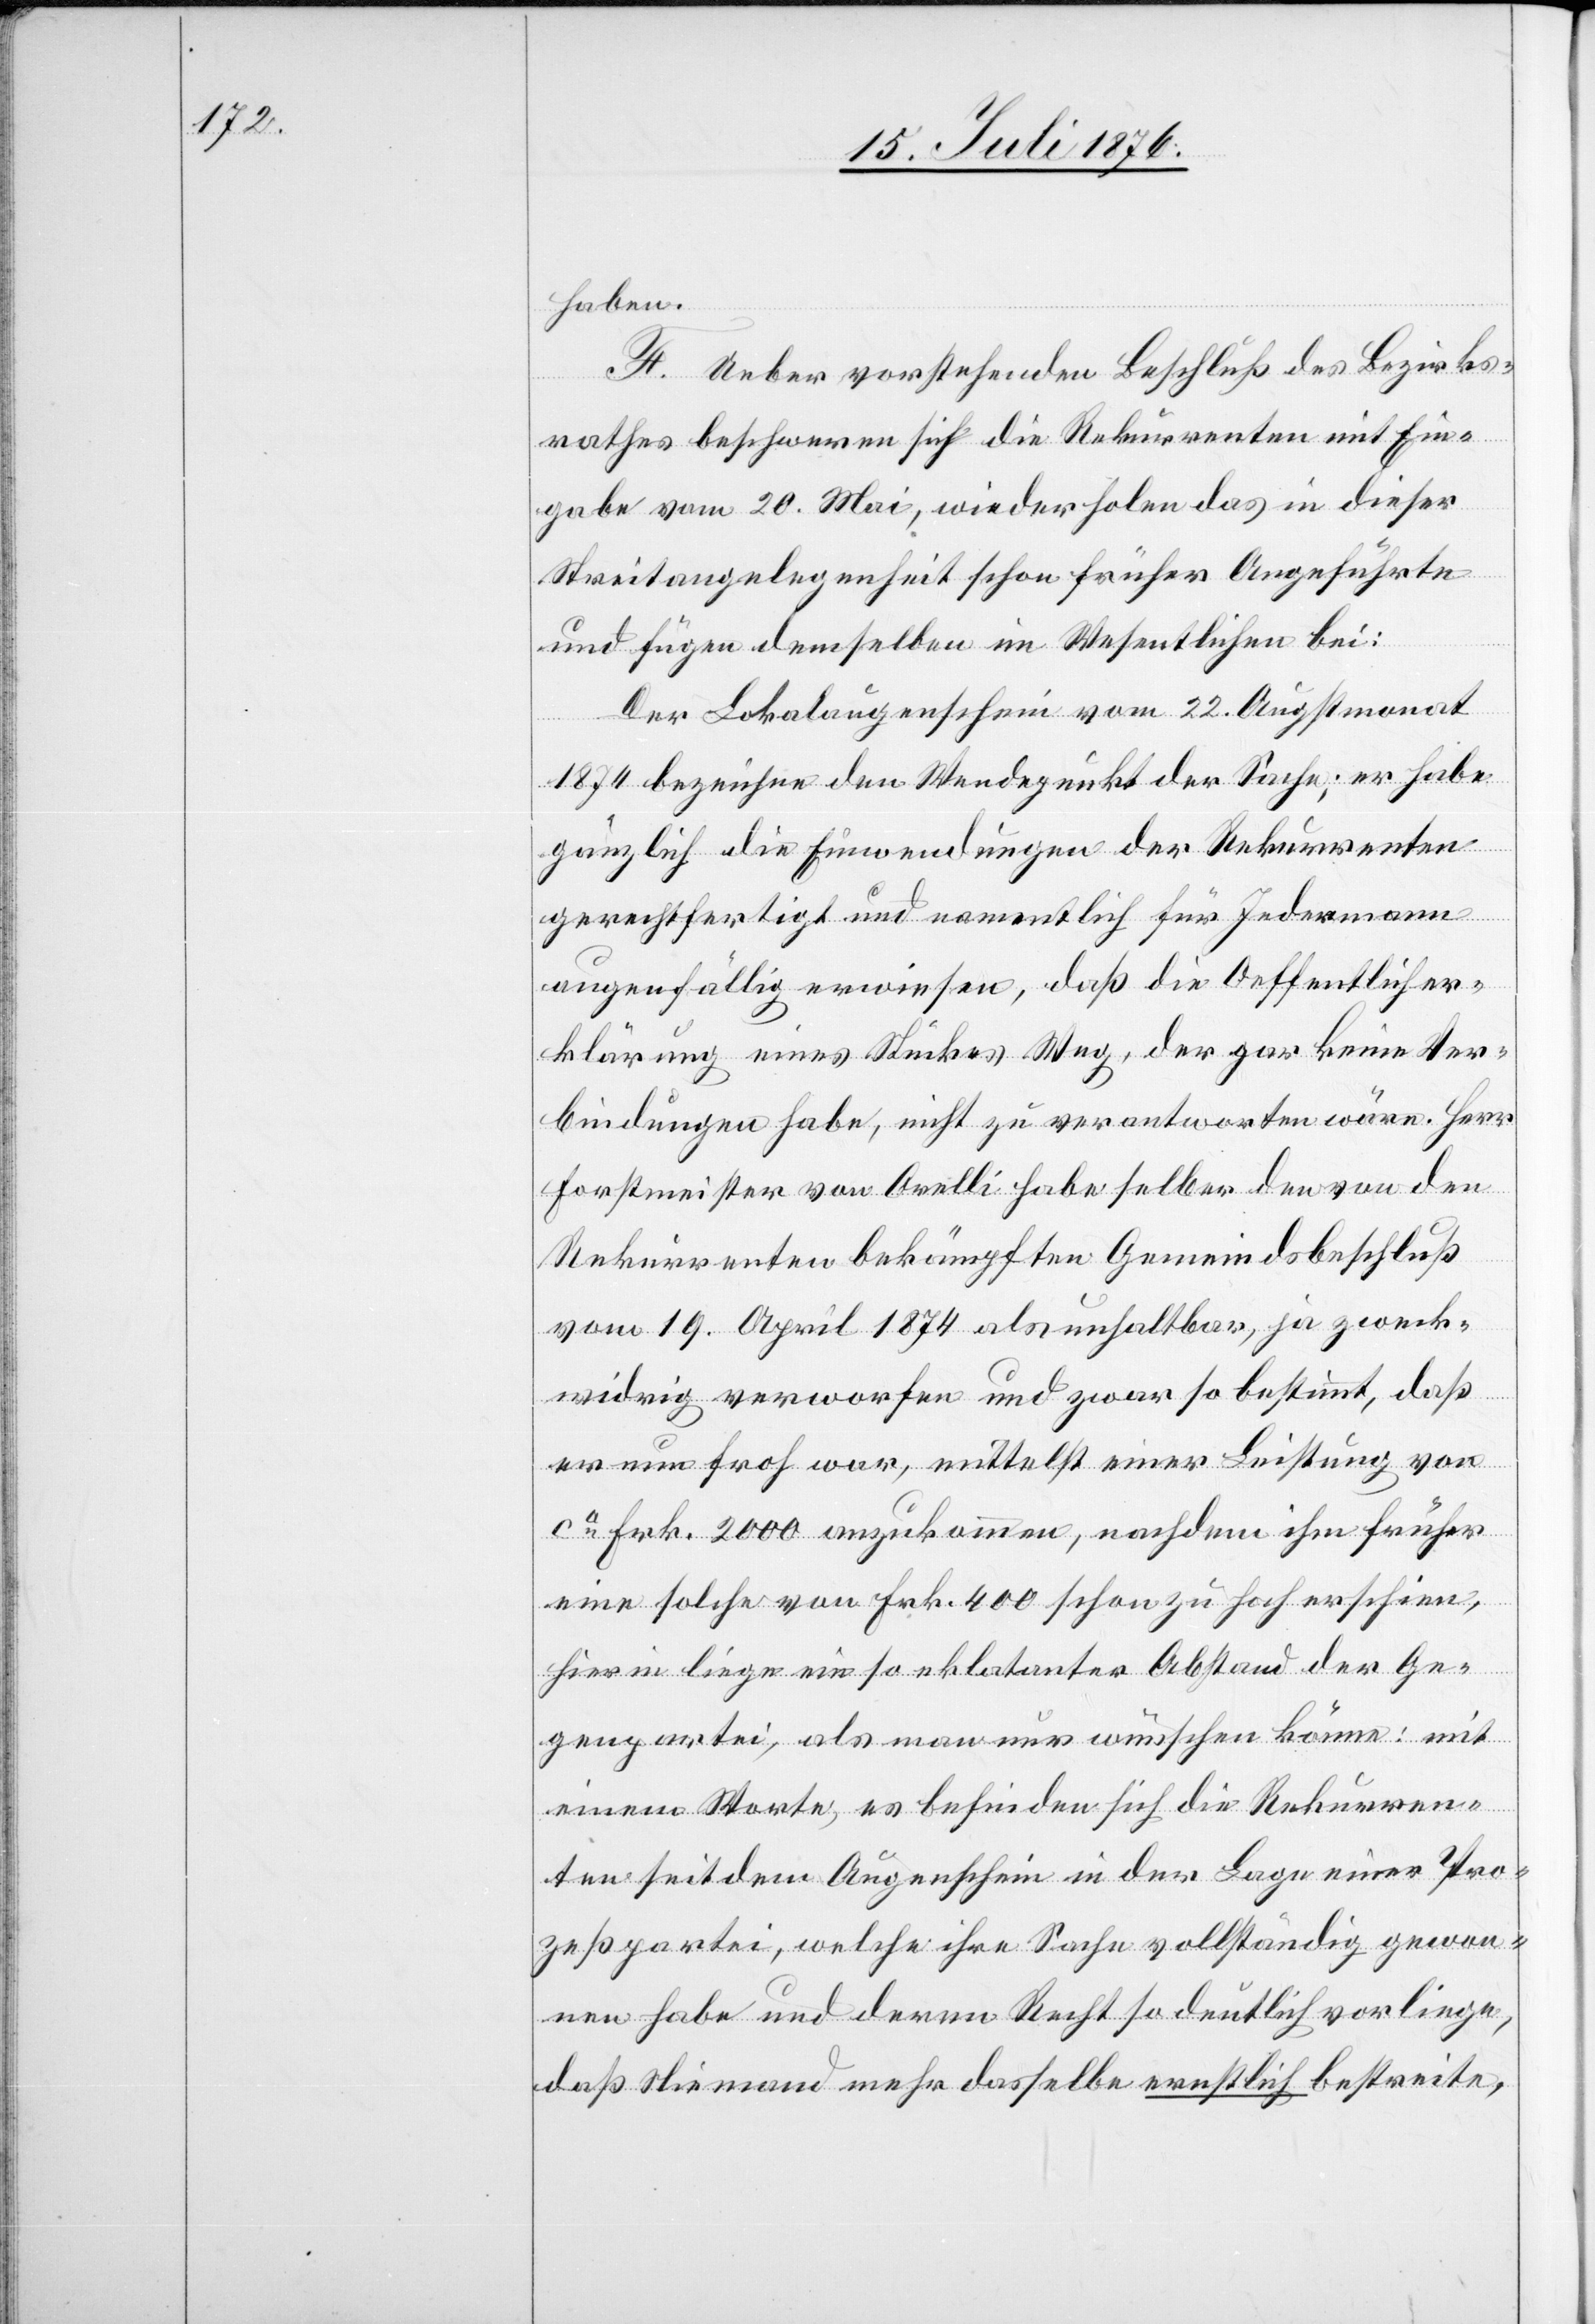
haben.
F. Ueber vorstehenden Beschluß des Bezirks¬
rathes beschweren sich die Rekurrenten mit Ein¬
gabe vom 20. Mai, wiederholen das in dieser
Streitangelegenheit schon früher Angeführte
und fügen demselben im Wesentlichen bei:
Der Lokalaugenschein vom 22. Augstmonat
1874 bezeichne den Wendepunkt der Sache; er habe
gänzlich die Einwendungen der Rekurrenten
gerechtfertigt und namentlich für Jedermann
augenfällig erwiesen, daß die Oeffentlicher¬
klärung eines Stückes Weg, der gar keine Ver¬
bindungen habe, nicht zu verantworten wäre. Herr
Forstmeister von Orelli habe selber den von den
Rekurrenten bekämpften Gemeindsbeschluß
vom 19. April 1874 als unhaltbar, ja zweck¬
widrig verworfen und zwar so bestimmt, daß
er nun froh war, mittelst einer Leistung von
ca Frk. 2000 anzukommen, nachdem ihm früher
eine solche von Frk. 400 schon zu hoch erschien,
hierin liege ein so eklatanter Abstand, der Ge¬
genpartei, als man nur wünschen könne: mit
einem Worte, es befinden sich die Rekurren¬
ten seit dem Augenschein in der Lage einer Pro¬
zesspartei, welche ihre Sache vollständig gewon¬
nen habe und deren Recht so deutlich vorliege,
das Niemand mehr dasselbe ernstlich bestreite,